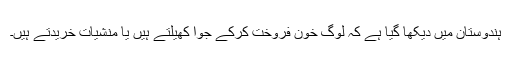
ہندوستان میں دیکھا گیا ہے کہ لوگ خون فروخت کرکے جوا کھیلتے ہیں یا منشیات خریدتے ہیں۔